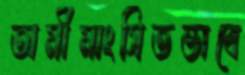
অমীমাংসিতভাবে